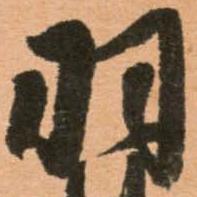
羽